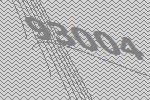
93004